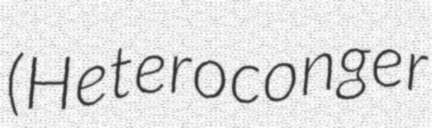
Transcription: (Heteroconger